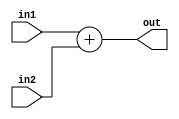
module Adder(
  in1,
  in2, 
  out
);

input [31:0] in1;
input [31:0] in2;

output reg [31:0] out;

always @ (*)
begin
  out = in1 + in2;
end

endmodule